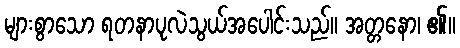
များစွာသော ရတနာပုလဲသွယ်အပေါင်းသည်။ အတ္တနော၊ ၏။